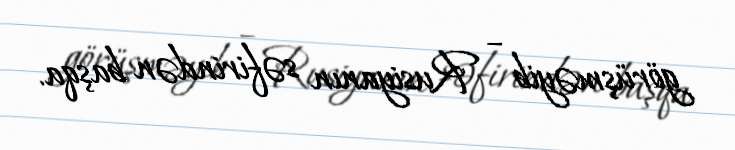
görüşməyib – Rusiyanın səfirindən başqa.